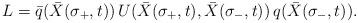
LaTeX: \begin{align*}L={\bar q}({\bar X}(\sigma_{+},t))\,U({\bar X}(\sigma_{+},t), {\bar X}(\sigma_{-},t))\, q({\bar X}(\sigma_{-},t)).\end{align*}